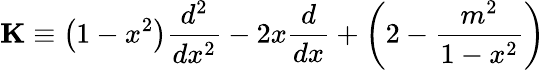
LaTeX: \mathbf{K}\equiv\left(1-x^{2}\right)\frac{d^{2}}{dx^{2}}-2x\frac{d}{dx}+\left(2-\frac{m^{2}}{1-x^{2}}\right)